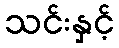
သင်းနှင့်